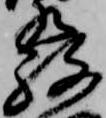
発